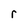
Character: r